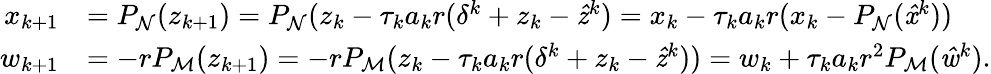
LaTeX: \begin{array}{rl}{x_{k+1}}&{=P_{\mathrm{\mathcal{N}}}(z_{k+1})=P_{\mathrm{\mathcal{N}}}(z_{k}-\tau_{k}a_{k}r(\delta^{k}+z_{k}-\mathit{\hat{z}}^{k})=x_{k}-\tau_{k}a_{k}r(x_{k}-P_{\mathrm{\mathcal{N}}}(\mathit{\hat{x}}^{k}))}\\ {w_{k+1}}&{=-rP_{\mathrm{\mathcal{M}}}(z_{k+1})=-rP_{\mathrm{\mathcal{M}}}(z_{k}-\tau_{k}a_{k}r(\delta^{k}+z_{k}-\mathit{\hat{z}}^{k}))=w_{k}+\tau_{k}a_{k}r^{2}P_{\mathrm{\mathcal{M}}}(\mathit{\hat{w}}^{k}).}\end{array}